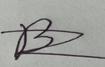
Signature authenticity: forged